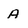
Character: A